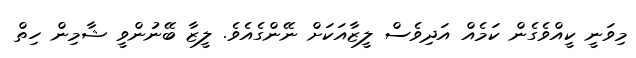
މިވަނީ ކީއްވެގެން ކަމެއް އަދިވެސް ލީޒާއަކަށް ނޭންގެއެވެ. ލީޒާ ބޭނުންވީ ޝާމިން ހިތް